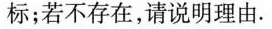
标；若不存在，请说明理由。